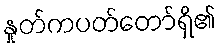
နှုတ်ကပတ်တော်ရှိ၏